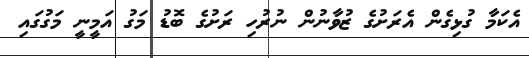
އެކަމާ ގުޅިގެން އެރަށުގެ ޒުވާނުން ނުރުހި ރަށުގެ ބޮޑު މަގު އަމީނީ މަގުގައި